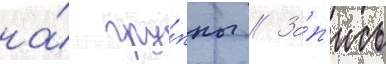
на́ гру́ппы // За́п'ись